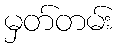
မှတ်တမ်း